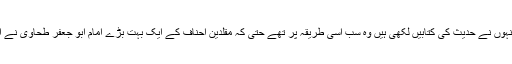
مجموعی لحاظ سے تابعین کے اندر بھی یہی طریقہ تھا اور محدثینِ کرام جنہوں نے حدیث کی کتابیں لکھی ہیں وہ سب اسی طریقہ پر تھے حتی کہ مقلدین احناف کے ایک بہت بڑے امام ابو جعفر طحاویؒ نے اپنی کتبِ حدیث میں کئی ایک مقامات پر امام ابو حنیفہؒ کی مخالفت کی ہے۔